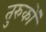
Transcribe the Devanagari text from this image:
तुरुकों